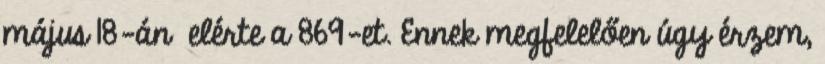
május 18-án elérte a 869-et. Ennek megfelelően úgy érzem,